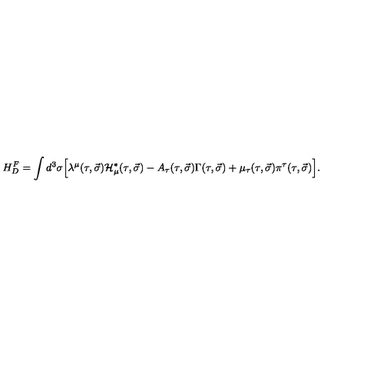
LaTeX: H _ { D } ^ { F } = \int { d ^ { 3 } \sigma \Big [ \lambda ^ { \mu } ( \tau , \vec { \sigma } ) { \cal H } _ { \mu } ^ { \ast } ( \tau , \vec { \sigma } ) - A _ { \tau } ( \tau , \vec { \sigma } ) \Gamma ( \tau , \vec { \sigma } ) + \mu _ { \tau } ( \tau , \vec { \sigma } ) \pi ^ { \tau } ( \tau , \vec { \sigma } ) \Big ] } .